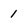
Character: 1